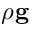
\rho \mathbf { g }